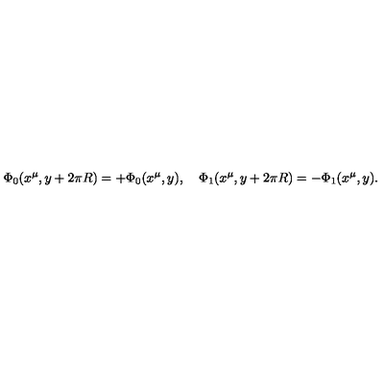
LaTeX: \Phi _ { 0 } ( x ^ { \mu } , y + 2 \pi R ) = + \Phi _ { 0 } ( x ^ { \mu } , y ) , \quad \Phi _ { 1 } ( x ^ { \mu } , y + 2 \pi R ) = - \Phi _ { 1 } ( x ^ { \mu } , y ) .